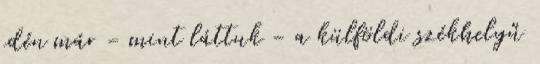
idén már - mint láttuk - a külföldi székhelyű